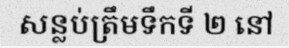
សន្លប់ត្រឹមទឹកទី ២ នៅ